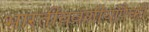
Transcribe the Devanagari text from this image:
भारतीयवंशीयांपैकी